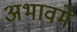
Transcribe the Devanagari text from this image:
अभावमे